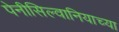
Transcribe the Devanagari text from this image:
पेनीसिल्वानियाच्या